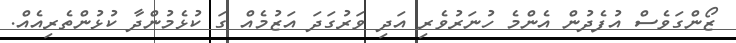
ޒޯންގަވެސް އުފެދުން އެންމެ ހުނަރުވެރި އަދި ވަރުގަދަ އަޒުމެއް ގަ ކުޅެމުންދާ ކުޅުންތެރިއެއް.